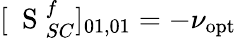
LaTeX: [\mathrm{~\mathbf~S~}_{SC}^{f}]_{01,01}=-\nu_{\mathrm{opt}}